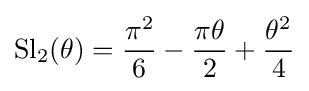
\operatorname {Sl} _{2}(\theta )={\frac {\pi ^{2}}{6}}-{\frac {\pi \theta }{2}}+{\frac {\theta ^{2}}{4}}